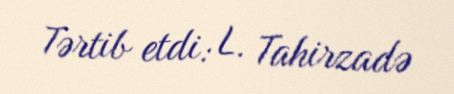
Tərtib etdi: L. Tahirzadə